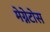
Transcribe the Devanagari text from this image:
मेग्नेटोस